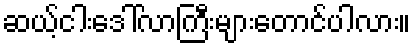
ဆယ့်ငါးဒေါ်လာကြီးများတောင်ပါလား။